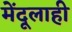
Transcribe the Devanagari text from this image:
मेंदूलाही